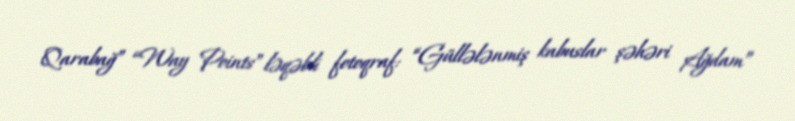
Qarabağ” “Way Points” ləqəbli fotoqraf: “Güllələnmiş kabuslar şəhəri Ağdam”